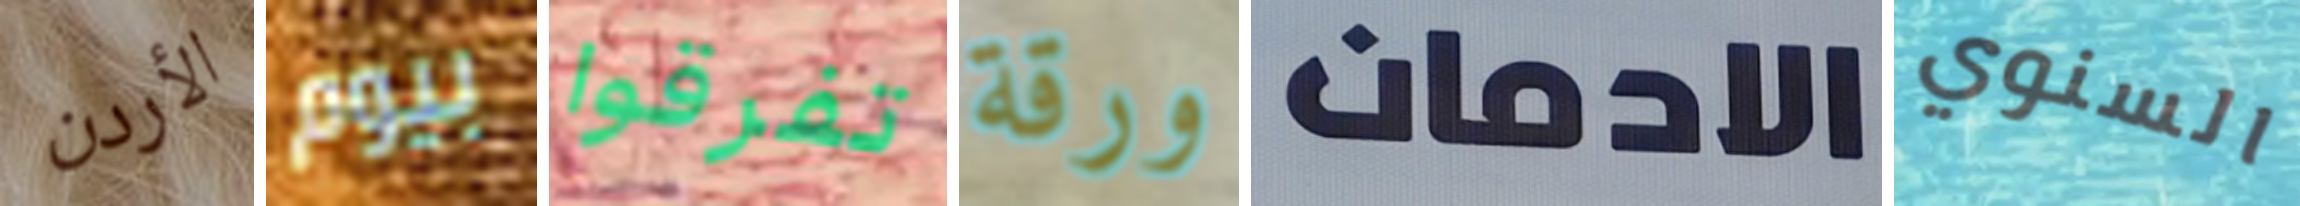
الأردن بيوم تفرقوا ورقة الادمان السنوي